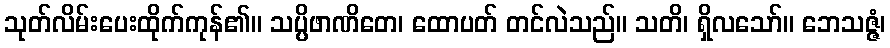
သုတ်လိမ်းပေးထိုက်ကုန်၏။ သပ္ပိဖာဏိတေ၊ ထောပတ် တင်လဲသည်။ သတိ၊ ရှိလသော်။ ဘေသဇ္ဇံ၊